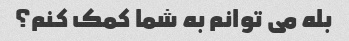
بله می توانم به شما کمک کنم؟